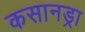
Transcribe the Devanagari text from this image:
कसानड्रा